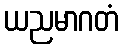
ယညမာဂတံ